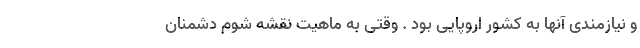
و نیازمندی آنها به کشور اروپایی بود . وقتی به ماهیت نقشه شوم دشمنان